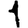
Digit: 1